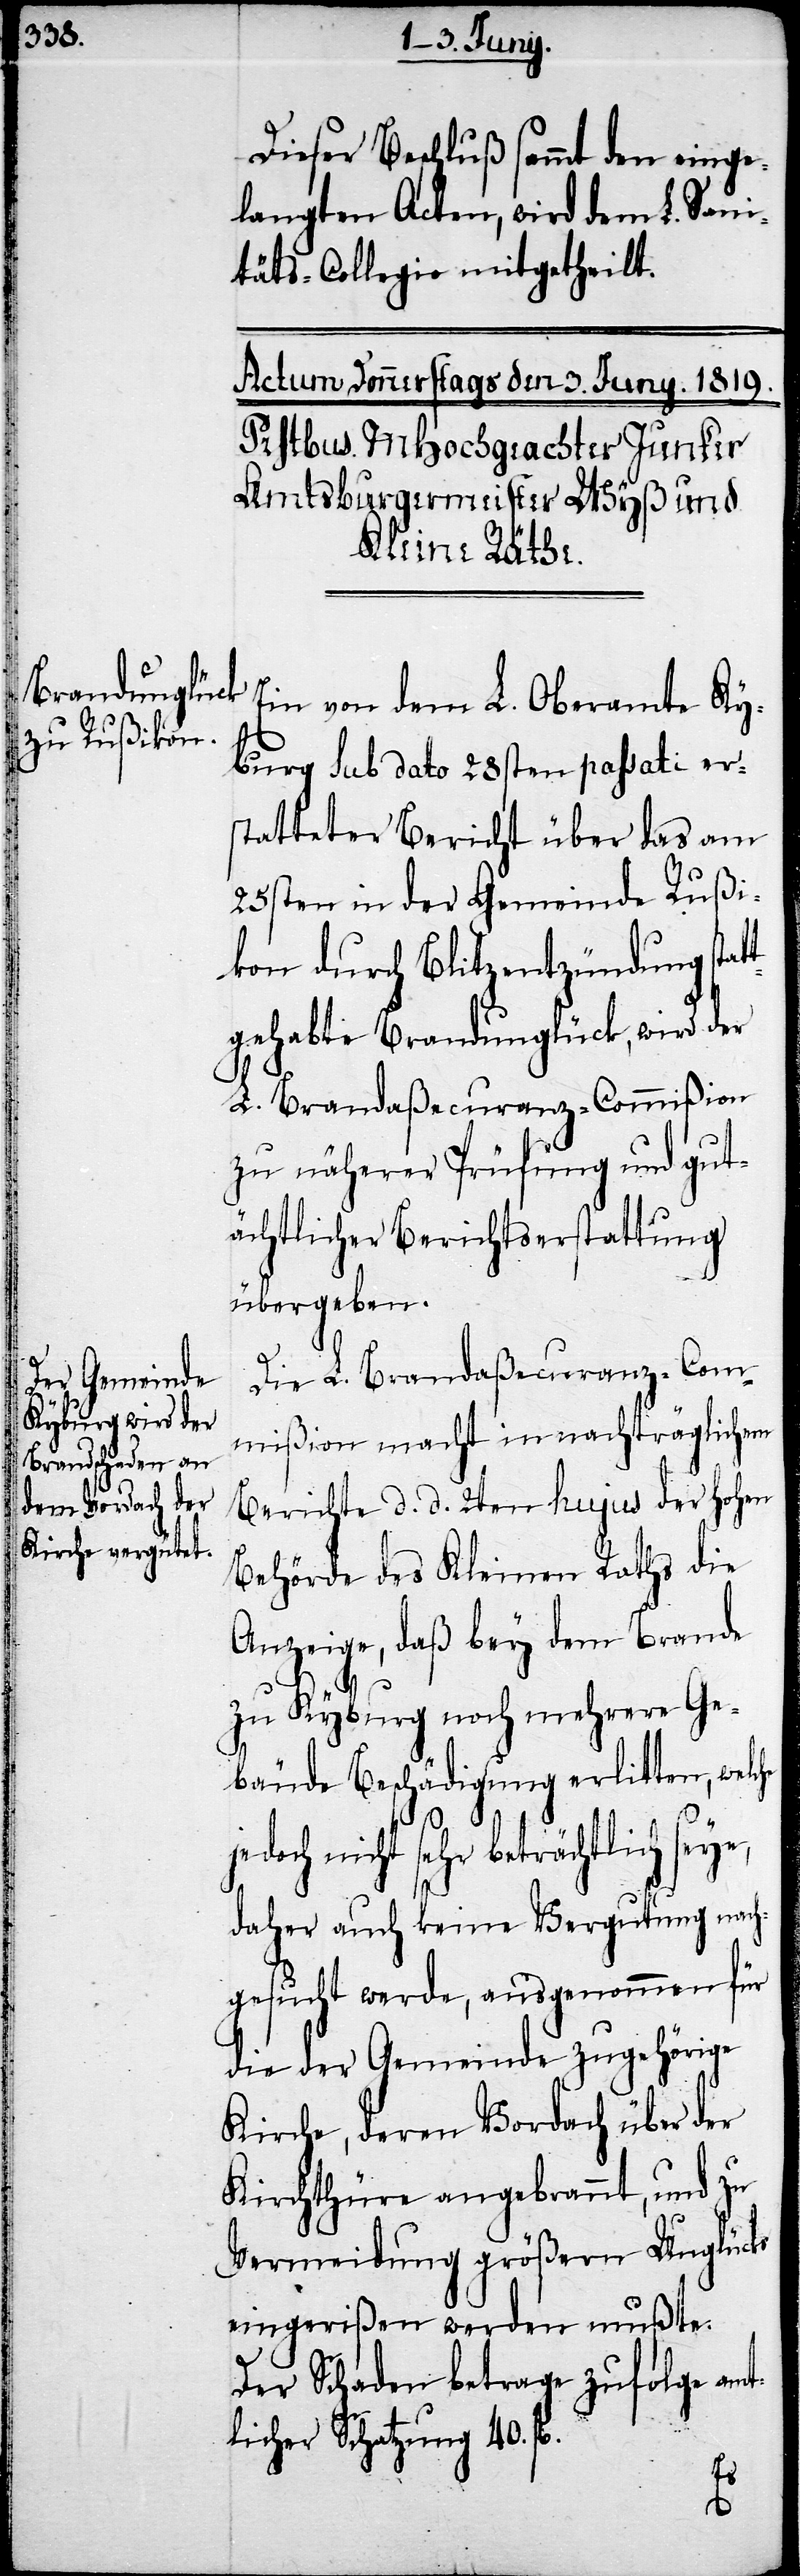
Dieser Beschluß sammt den einge¬
langten Acten, wird dem L. Sani¬
täts-Collegio mitgetheilt.
he j¬
Ein von dem L. Oberamte Ky¬
burg sub dato 28sten passati er¬
statteter Bericht über das am
25sten in der Gemeinde Rußi¬
kon durch Blitzentzündung stat¬
tgehabte Brandunglück, wird der
L. Brandaßecuranz-Commißion
zu näherer Prüfung und gut¬
ächtlicher Berichtserstattung
übergeben.
Die L. Brandaßecuranz-Com¬
mißion macht in nachträglichem
Berichte d. d. 2ten hujus der hohen
Behörde des Kleinen Raths die
Anzeige, daß bey dem Brande
zu Kyburg noch mehrere Ge¬
bäude Beschädigung erlitten, welc¬
edoch nicht sehr beträchtlich seye,
daher auch keine Vergutung nach¬
gesucht werde, ausgenommen für
die der Gemeinde zugehörige
Kirche, deren Vordach über der
Kirchthüre angebrannt, und zu
Vermeidung größern Unglücks
eingerißen werden mußte.
Der Schaden betrage zufolge amt¬
licher Schatzung 40. fl.